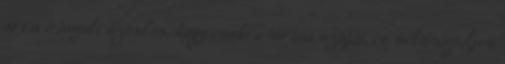
arra irányult azonban, hogy csukva tartsa száját, és méltóságteljes